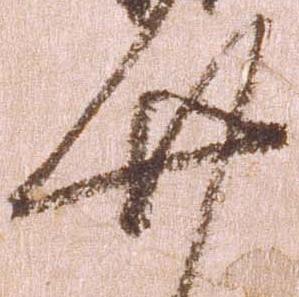
廿